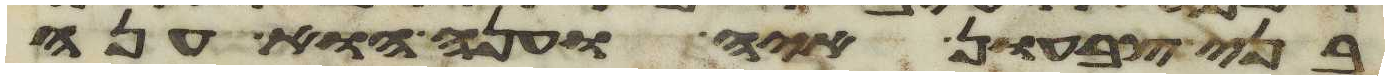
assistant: בני צבעון איה וענה הוא ענה